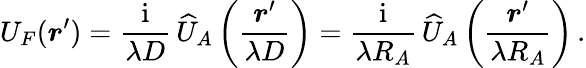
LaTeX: U_{F}(\boldsymbol r^{\prime})={\frac{\mathrm{i}}{\lambda D}}\, \widehat{U}_{A}\left({\frac{\boldsymbol r^{\prime}}{\lambda D}}\right)={\frac{\mathrm{i}}{\lambda R_{A}}}\, \widehat U_{A}\left({\frac{\boldsymbol r^{\prime}}{\lambda R_{A}}}\right)\, .